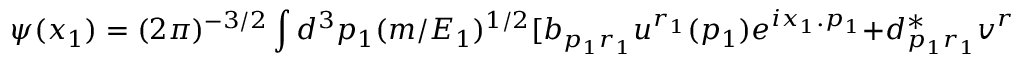
\psi ( x _ { 1 } ) = ( 2 \pi ) ^ { - 3 / 2 } \int d ^ { 3 } p _ { 1 } ( m / E _ { 1 } ) ^ { 1 / 2 } [ b _ { p _ { 1 } r _ { 1 } } u ^ { r _ { 1 } } ( p _ { 1 } ) e ^ { i x _ { 1 } . p _ { 1 } } + d _ { p _ { 1 } r _ { 1 } } ^ { * } v ^ { r _ { 1 } } ( p _ { 1 } ) e ^ { - i x _ { 1 } . p _ { 1 } } ] ;